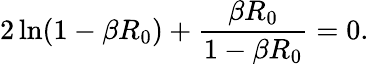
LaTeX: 2\ln(1-\beta R_{0})+\frac{\beta R_{0}}{1-\beta R_{0}}=0.